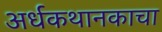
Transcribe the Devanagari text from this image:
अर्धकथानकाचा